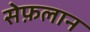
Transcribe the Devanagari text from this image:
सेफ़लान